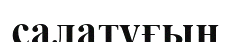
салатұғын